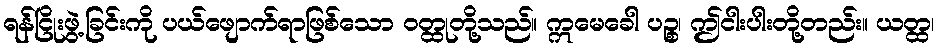
ရန်ငြိုးဖွဲ့ခြင်းကို ပယ်ဖျောက်ရာဖြစ်သော ဝတ္ထုတို့သည်။ ဣမေခေါ ပဉ္စ၊ ဤငါးပါးတို့တည်း။ ယတ္ထ၊